Medical and sanitary report of the native army of Madras for the year
Year: 1875
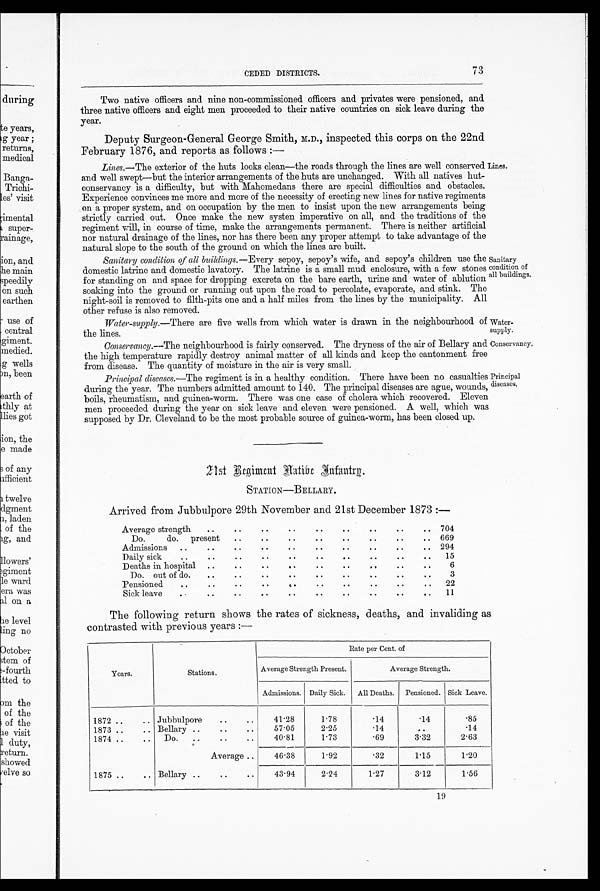
Water-
supply.
Conservancy.
CEDED DISTRICTS.
Two native officers and nine non-commissioned officers and privates were pensioned, and
three native officers and eight men proceeded to their native countries on sick leave during the
year.
Deputy Surgeon-General George Smith, M.D., inspected this corps on the 22nd
February 1876, and reports as follows :—
Lines.—The exterior of the huts looks clean—the roads through the lines are well conserved
and well swept—but the interior arrangements of the huts are unchanged. With all natives hut-
conservancy is a difficulty, but with Mahomedans there are special difficulties and obstacles,
Experience convinces me more and more of the necessity of erecting new lines for native regiment
on a proper system, and on occupation by the men to insist upon the new arrangements being
strictly carried out. Once make the new systen imperative on all, and the traditions of the
regiment will, in course of time, make the arrangements permanent. There is neither artificial
nor natural drainage of the lines, nor has there been any proper attempt to take advantage of the
natural slope to the south of the ground on which the lines are built.
Sanitary condition of all buildings.—Every sepoy, sepoy's wife, and sepoy's children use the
domestic latrine and domestic lavatory. The latrine is a small mud enclosure, with a few stone
for standing on and space for dropping excreta on the bare earth, urine and water of ablution
soaking into the ground or running out upon the road to percolate, evaporate, and stink. The
night-soil is removed to filth-pits one and a half miles from the lines by the municipality. All
other refuse is also removed.
Lines.
Sanitary
condition of
all buildings.
Water-supply.—There are five wells from which water is drawn in the neighbourhood of
the lines.
Conservancy.—The neighbourhood is fairly conserved. The dryness of the air of Bellary and
the high temperature rapidly destroy animal matter of all kinds and keep the cantonment free
from disease. The quantity of moisture in the air is very small.
Principal diseases.—The regiment is in a healthy condition. There have been no casualties
during the year. The numbers admitted amount to 140. The principal diseases are ague, wounds,
boils, rheumatism, and guinea-worm. There was one case of cholera which recovered. Elever
men proceeded during the year on sick leave and eleven were pensioned. A well, which was
supposed by Dr. Cleveland to be the most probable source of guinea-worm, has been closed up.
Principal
diseases,
Regiment Native Infantry.
STATION—BELLARY.
Arrived from Jubbulpore 29th November and 21st December 1873 :--®
Average strength
..
. .
. .
.. . .
. .
.
704
..
..
Do.
do. present
..
..
. .
. .
. . 669
..
Admissions
... .
. .
. .
. .
. .
. .
. .
. . 294
.
. . .
. . . . . .
Daily sick
. .
. .
. .
. .
15
Deaths in hospital ..
. .
. .
. .
. .
..
.
. . .
6
..
. .
Do. out of do.
..
..
..
. .
. .
. .
' '
3
..
..
..
..
Pensioned
..
..
. .
. .
. .
. .
22
. . . .
. . . .
.
..
Sick leave
. .
. .
. II ..
11
The following return shows the rates of sickness, deaths, and invaliding as
contrasted with previous years :—
Rate per Cent. of
Years.
Stations.
Average Strength Present.
Average Strength.
Admissions. Daily Sick.
All Deaths.
Pensioned. I
1
Sick Leave.
1872 ..
.. Jubbulpore
..
. .
41.28
1.78
.14
. 1 4 .85
1873 . . ..
Bellary ..
..
..
57.05
2.25
.14
. .
.14
1874 ..
..
Do.
..
..
..
40.81
1.73
.69
3.32
2.63
Average ..
46.38
1.92
.32
1.15
1.20
1875 ..
.. Bellary ..
..
..
43.94
2.24
1.27
3.12
1.56
19